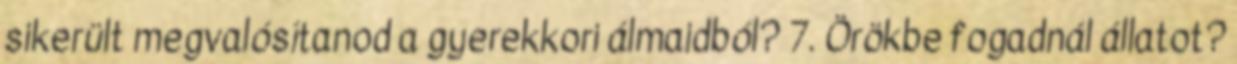
sikerült megvalósítanod a gyerekkori álmaidból? 7. Örökbe fogadnál állatot?